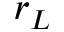
r _ { L }